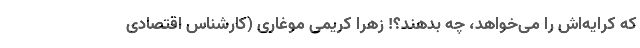
که کرایه‌اش را می‌خواهد، چه بدهند؟! زهرا کریمی موغاری (کارشناس اقتصادی